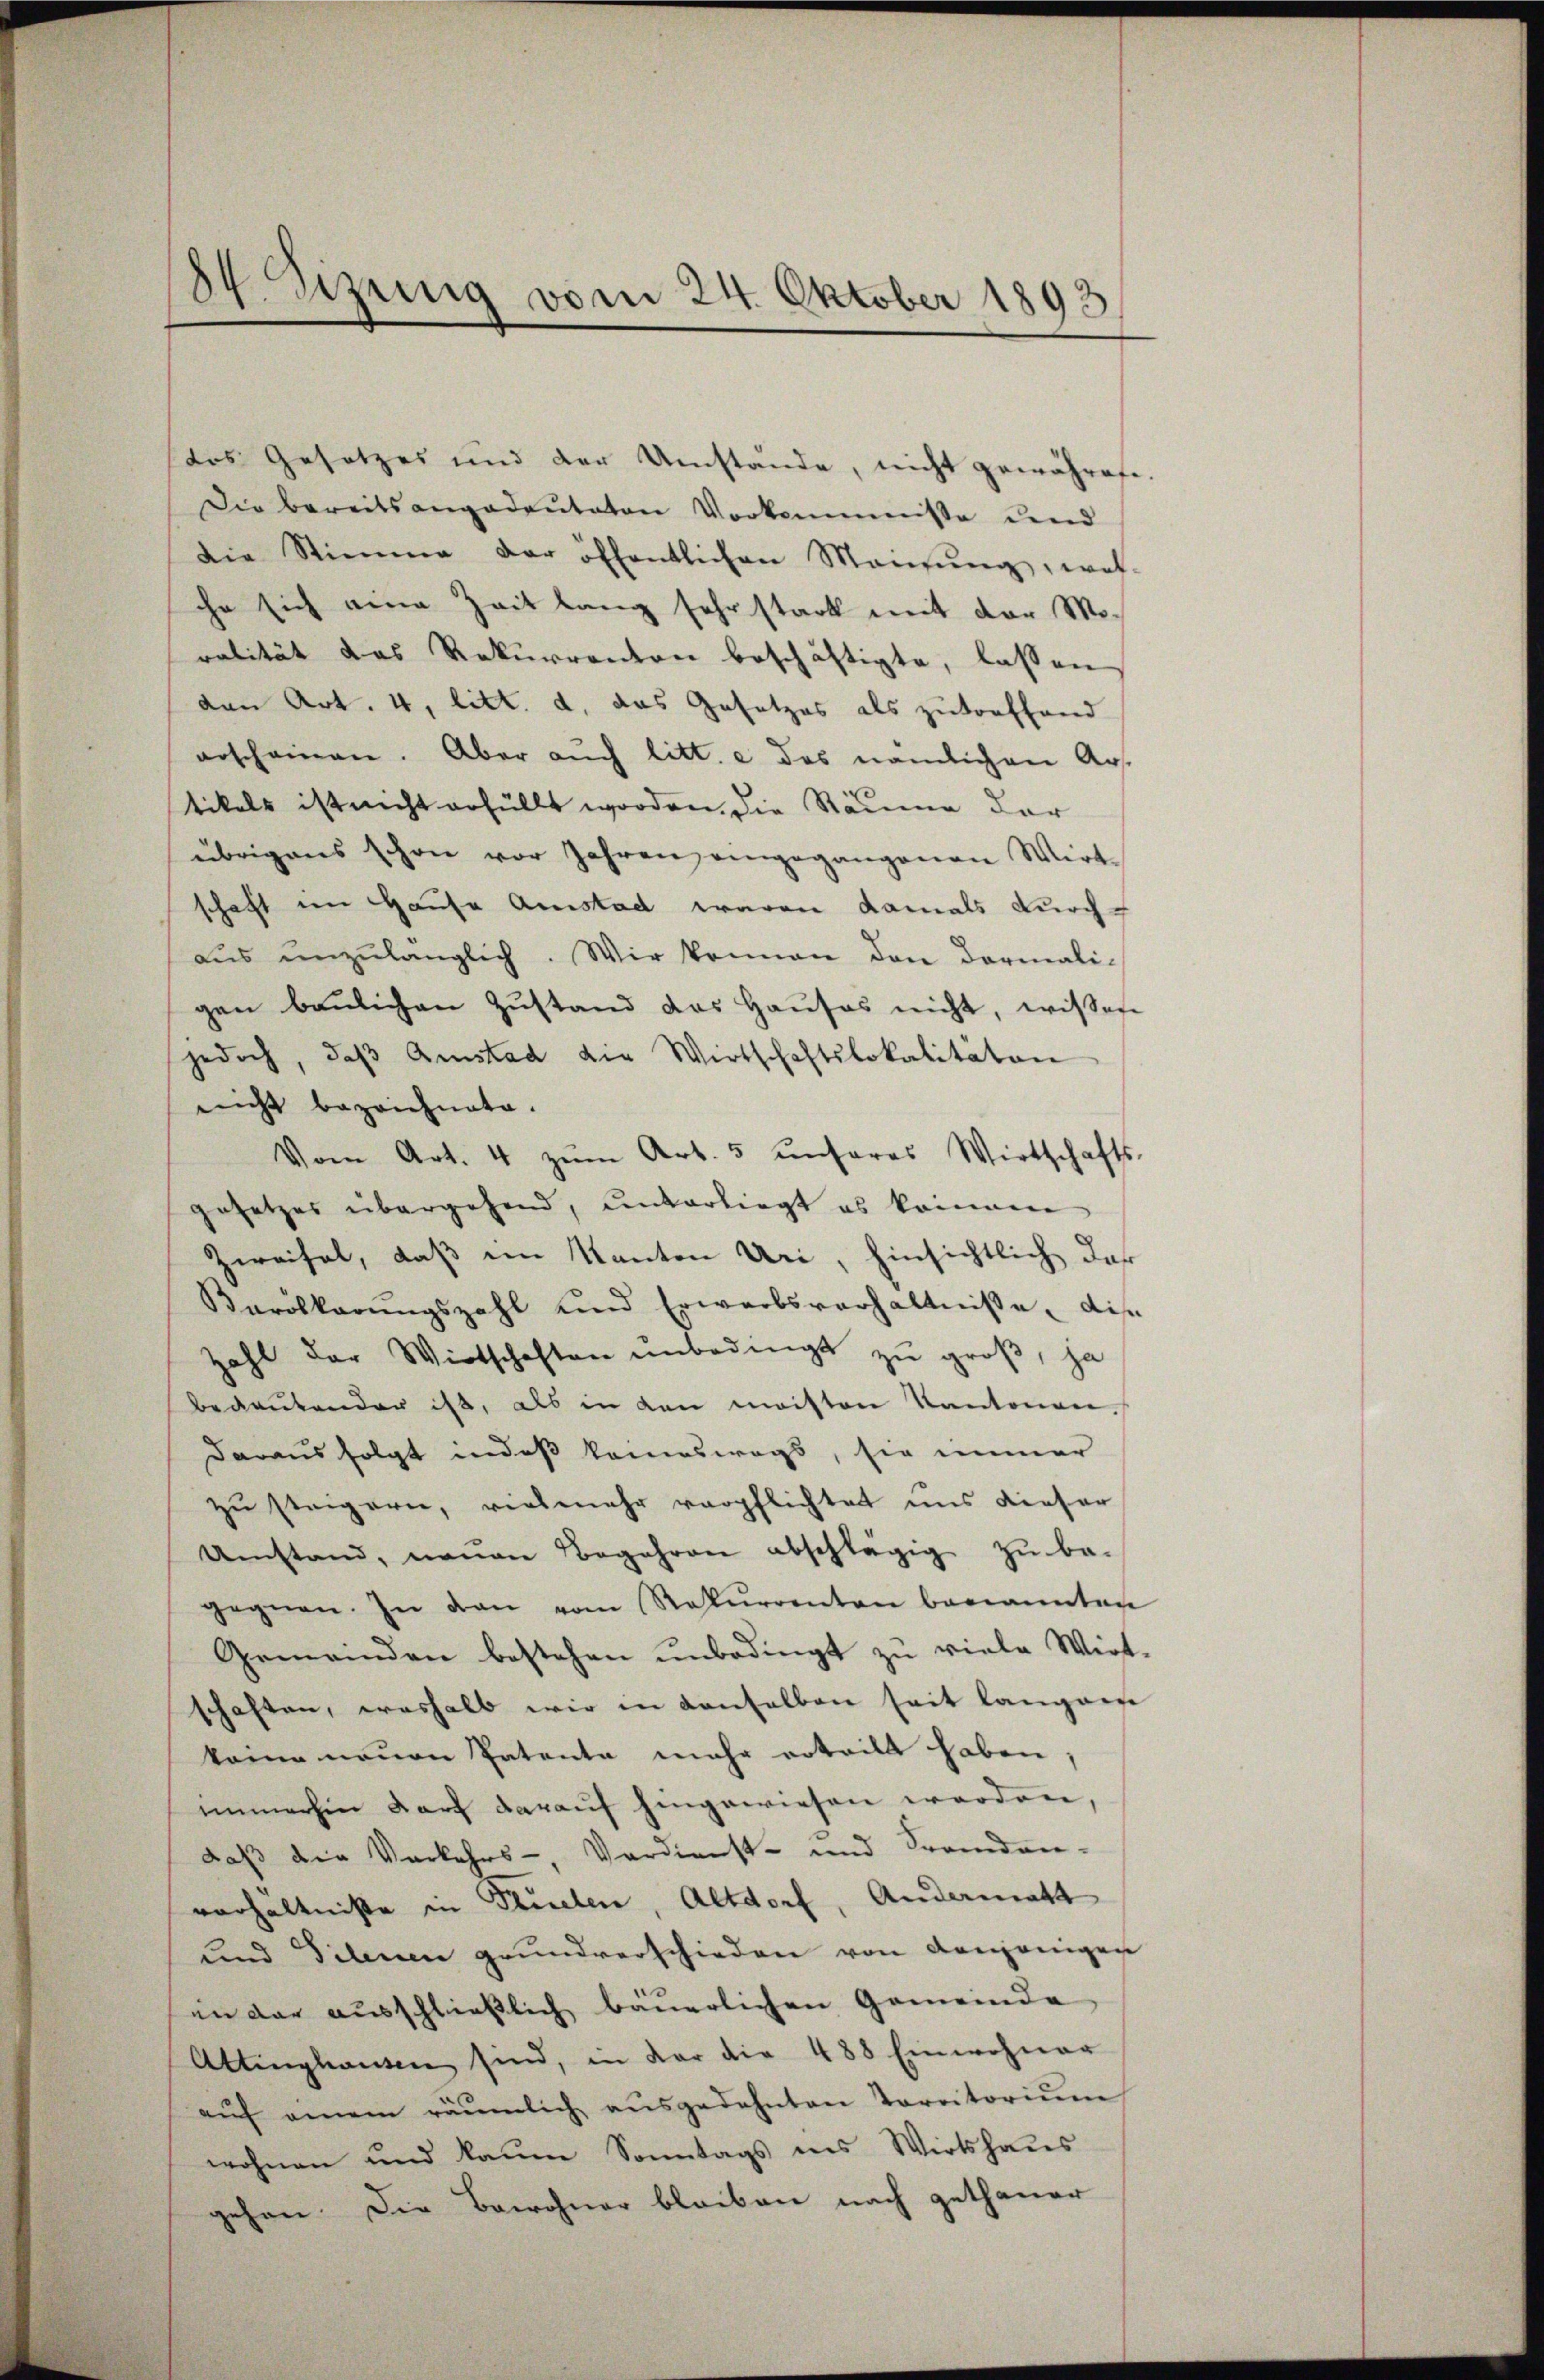
das Gesetzes und der Umstände, nicht gewährete
Die bereitsangedeuteten Vorkomnisse und
Die Stimme der öffentlichen Meinŭng, wel-
che sich eine Zeit lang sehr stark mit der Mo-
ralität das Rekurrenton beschäftigte, lassen
den Art. 4, litt. d. das Gesetzes als zutreffend
erscheinen. Aber auch litt. e das nämlichen Austikels ist nicht erfüllt worden, die Räume der
übrigens schon vor Jahren eingegangenen Wirt-
schaft im Hausa Amstad waren damals durch-
aŭs unzulänglich. Wir können den Darmali-
gen baŭlichen Zŭstand das Haŭses nicht, wissen
jedoch, daβ Amstad die Wirtschaftslokalitäten
nicht bezeichnete.
Vom Art. 4 zŭm Art. 5 ŭnseres Wirtschafts-
gesetzes übergehend, unterliegt es könnene
Zweifel, daß im Kanton Uri, hinsichtlich der
Karolkarŭngszahl und Erwerbsverhältnisse dis
zahl der Wirtschaften unbedingt zu groß, ja
bedeutender ist, als in den meisten Kantonen.
daraus folgt in daß keineswegs, sie immer
zu steigern, vielmehr verpflichtet uns dieser
Umstand, neuen Begehren abschlägig zu be-
gegnen. In den vom Rekurrenten benannten
Gemeinden bestehen ŭnbedingt zŭ viele Wirt-
schaften, weshalb wir in denselben seit langeen
keine neuen Patenta mehr erteilt haben;
immerhin darf darauf hingewiesen worden,
daß die Verkehrs-, Verdienst- und Fremden-
verhältniße in Teilen, Altdorf, Andermatt
und Dilenen grundverschieden von denjenigen
in der ausschließlich bäuerlichen Gemeinde
Attinghausen sind, in dar die 488 Einwohner
aŭf einem räŭmlich aŭsgedehnten Karritoriŭm
wohnen und kaum Sonntags ins Wirtshaus
gehen. Die Bewohner bleiben nach gethaner

84. Sizung vom 24. Oktober 1893